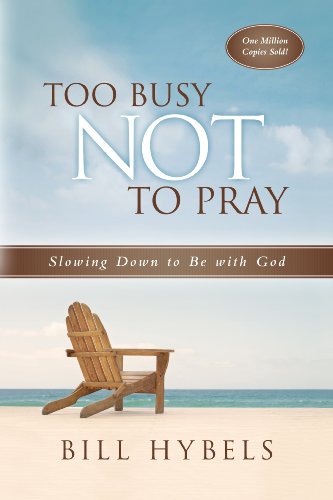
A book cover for Too Busy Not to Pray; Bill Hybels; Self-Help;